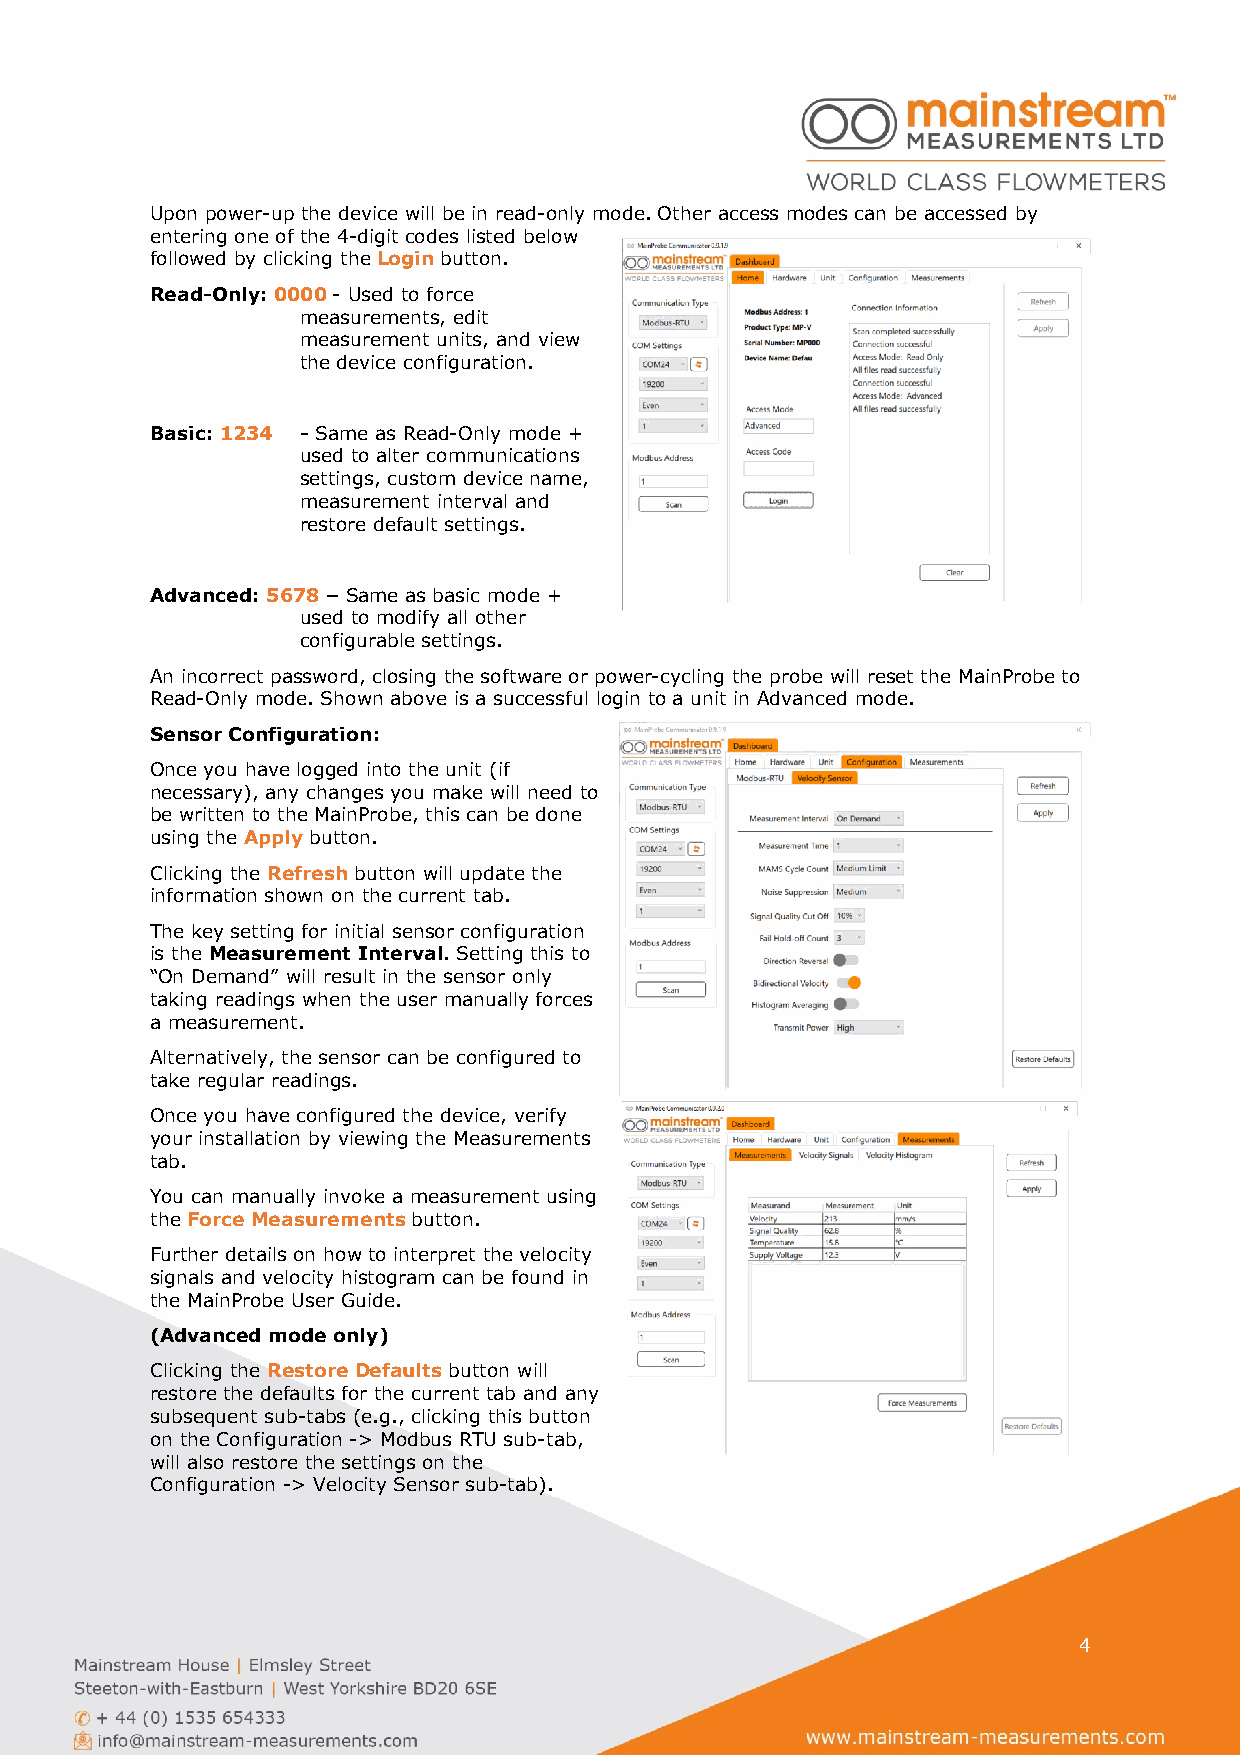
Upon power-up the device will be in read-only mode. Other access modes can be accessed by
 entering one of the 4-digit codes listed below
 followed by clicking the Login button.
 Read-Only: 0000 - Used to force
 measurements, edit
 measurement units, and view
 the device configuration.
 Basic: 1234 - Same as Read-Only mode +
 used to alter communications
 settings, custom device name,
 measurement interval and
 restore default settings.
 Advanced: 5678 – Same as basic mode +
 used to modify all other
 configurable settings.
 An incorrect password, closing the software or power-cycling the probe will reset the MainProbe to
 Read-Only mode. Shown above is a successful login to a unit in Advanced mode.
 Sensor Configuration:
 Once you have logged into the unit (if
 necessary), any changes you make will need to
 be written to the MainProbe, this can be done
 using the Apply button.
 Clicking the Refresh button will update the
 information shown on the current tab.
 The key setting for initial sensor configuration
 is the Measurement Interval. Setting this to
 “On Demand” will result in the sensor only
 taking readings when the user manually forces
 a measurement.
 Alternatively, the sensor can be configured to
 take regular readings.
 Once you have configured the device, verify
 your installation by viewing the Measurements
 tab.
 You can manually invoke a measurement using
 the Force Measurements button.
 Further details on how to interpret the velocity
 signals and velocity histogram can be found in
 the MainProbe User Guide.
 (Advanced mode only)
 Clicking the Restore Defaults button will
 restore the defaults for the current tab and any
 subsequent sub-tabs (e.g., clicking this button
 on the Configuration -> Modbus RTU sub-tab,
 will also restore the settings on the
 Configuration -> Velocity Sensor sub-tab).
 4